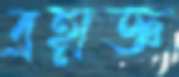
ব্রহ্মজ্ঞ